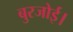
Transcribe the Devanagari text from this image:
बुरजोई।